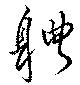
体